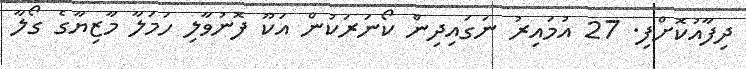
ދިފާއުކޮށްފި. 27 އުމައިރު ނަގައިދިން ކޯނަރަކުން އަކޫ ފޮނުވާލި ހަމަލާ މާޒިޔާގެ ގޯލާ